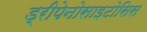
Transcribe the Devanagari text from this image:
ड्रीपेनोसाइटोसिस